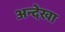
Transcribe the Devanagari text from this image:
अन्देखा